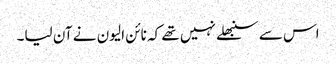
اس سے سنبھلے نہیں تھے کہ نائن الیون نے آن لیا۔